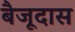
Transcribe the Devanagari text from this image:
बैजूदास